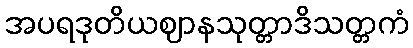
အပရဒုတိယဈာနသုတ္တာဒိသတ္တကံ